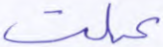
عملت